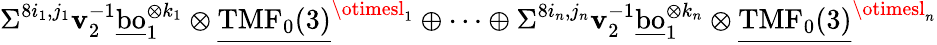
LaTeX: \Sigma^{8i_{1},j_{1}}\mathbf{v}_{2}^{-1}\underline{{{\mathrm{{bo}}}}}_{1}^{\otimes{k_{1}}}\otimes\underline{{{\mathrm{{TMF}}_{0}(3)}}}^{\otimesl_{1}}\oplus\cdots\oplus\Sigma^{8i_{n},j_{n}}\mathbf{v}_{2}^{-1}\underline{{{\mathrm{{bo}}}}}_{1}^{\otimes{k_{n}}}\otimes\underline{{{\mathrm{{TMF}}_{0}(3)}}}^{\otimesl_{n}}